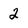
Character: 2